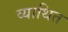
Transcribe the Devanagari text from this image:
व्याथित